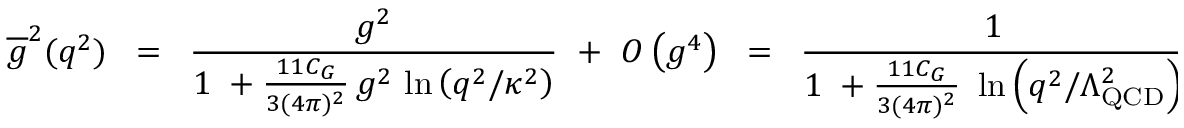
\overline { { { g } } } ^ { 2 } ( q ^ { 2 } ) \; \; = \; \; \frac { g ^ { 2 } } { 1 \; + \frac { 1 1 C _ { G } } { 3 ( 4 \pi ) ^ { 2 } } \, g ^ { 2 } \, \ln \left( q ^ { 2 } / \kappa ^ { 2 } \right) } \; \; + \; \; O \left( g ^ { 4 } \right) \; \; = \; \; \frac { 1 } { 1 \; + \frac { 1 1 C _ { G } } { 3 ( 4 \pi ) ^ { 2 } } \, \, \ln \left( q ^ { 2 } / \Lambda _ { \mathrm { Q C D } } ^ { 2 } \right) } \; ,